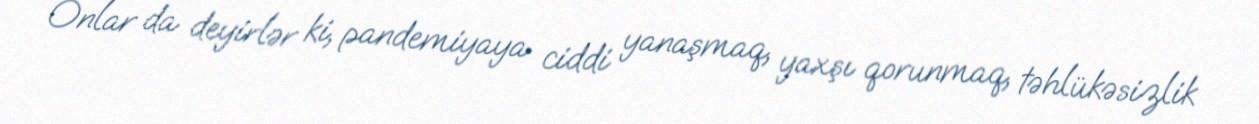
Onlar da deyirlər ki, pandemiyaya ciddi yanaşmaq, yaxşı qorunmaq, təhlükəsizlik